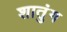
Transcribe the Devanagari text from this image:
शातुंग